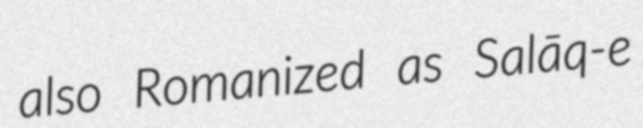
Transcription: also Romanized as Salāq-e